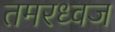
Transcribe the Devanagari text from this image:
तमरध्वज